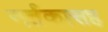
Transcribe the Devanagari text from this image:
नर्तकासह